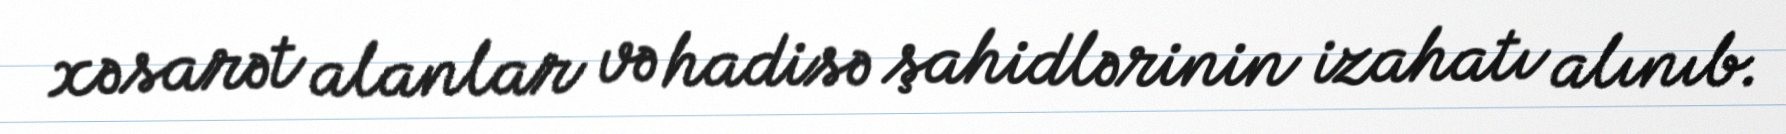
xəsarət alanlar və hadisə şahidlərinin izahatı alınıb.